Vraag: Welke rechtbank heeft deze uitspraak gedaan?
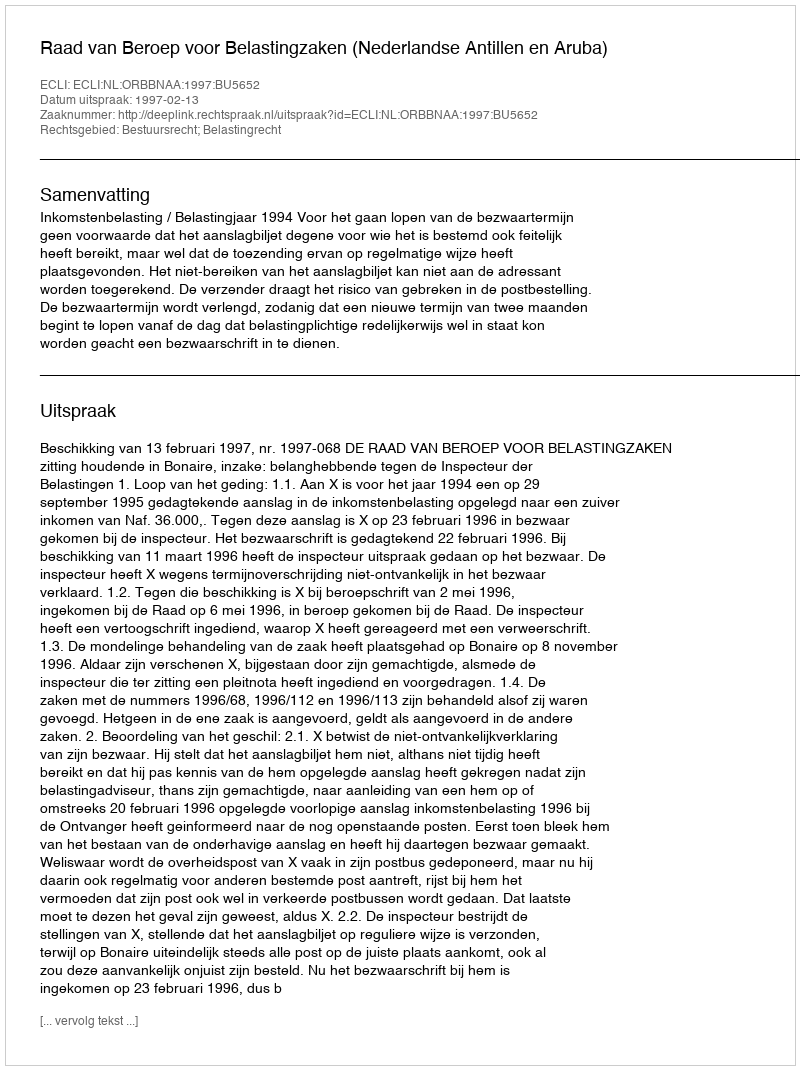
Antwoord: Raad van Beroep voor Belastingzaken (Nederlandse Antillen en Aruba)